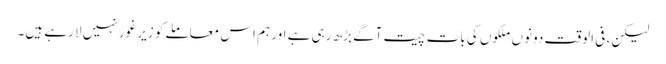
لیکن، فی الوقت دونوں ملکوں کی بات چیت آگے بڑھ رہی ہے اور ہم اس معاملے کو زیرِ غور نہیں لا رہے ہیں۔